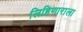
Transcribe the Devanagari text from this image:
लिहिणाराला